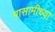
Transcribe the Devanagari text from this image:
मासामीच्या